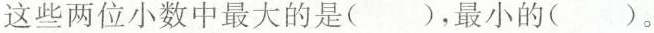
这些两位小数中最大的是()，最小的()。